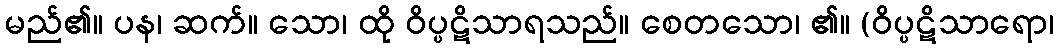
မည်၏။ ပန၊ ဆက်။ သော၊ ထို ဝိပ္ပဋိသာရသည်။ စေတသော၊ ၏။ (ဝိပ္ပဋိသာရော၊